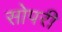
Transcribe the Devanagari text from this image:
सोपरी